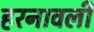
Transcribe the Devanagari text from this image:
हरनावली